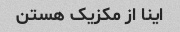
اینا از مکزیک هستن